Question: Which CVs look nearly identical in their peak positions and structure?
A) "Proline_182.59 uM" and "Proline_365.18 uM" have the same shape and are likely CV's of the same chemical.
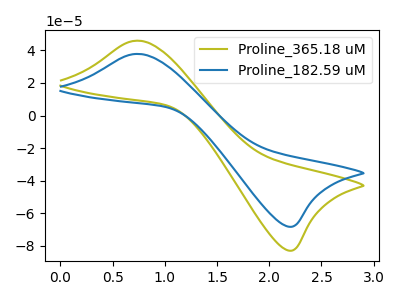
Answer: <think>The olive curve "Proline_365.18 uM" has an anodic peak at (0.70V, 45.95uA) and a cathodic peak at (2.20V, -82.80uA). The blue curve "Proline_182.59 uM" has an anodic peak at (0.70V, 37.80uA) and a cathodic peak at (2.20V, -68.15uA).
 All the peaks in "Proline_365.18 uM" have a peak in "Proline_182.59 uM" at the same potential. Every peak in "Proline_365.18 uM" is higher than every peak in "Proline_182.59 uM".</think>
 <answer>A) "Proline_182.59 uM" and "Proline_365.18 uM" have the same shape and are likely CV's of the same chemical.</answer>
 <eval>A</eval>